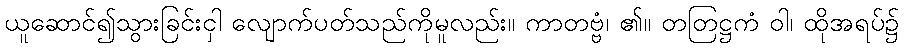
ယူဆောင်၍သွားခြင်းငှါ လျောက်ပတ်သည်ကိုမူလည်း။ ကာတဗ္ဗံ၊ ၏။ တတြဋ္ဌကံ ဝါ၊ ထိုအရပ်၌